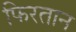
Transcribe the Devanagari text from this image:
फिरतान